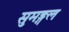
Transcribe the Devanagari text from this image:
सुमङ्गल